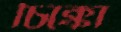
চিক্কো